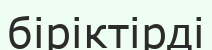
біріктірді